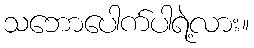
သဘောပေါက်ပါရဲ့လား။